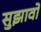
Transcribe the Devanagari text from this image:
सुझावो